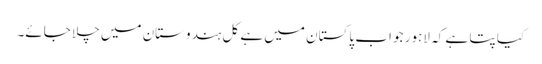
کیا پتا ہے کہ لاہور جو اب پاکستان میں ہے کل ہندوستان میں چلا جائے۔